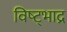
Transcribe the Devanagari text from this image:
विष्ट्भाद्र